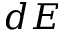
d E